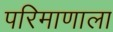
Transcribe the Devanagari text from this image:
परिमाणाला